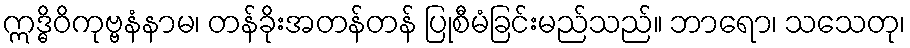
ဣဒ္ဓိဝိကုဗ္ဗနံနာမ၊ တန်ခိုးအတန်တန် ပြုစီမံခြင်းမည်သည်။ ဘာရော၊ သသေတု၊